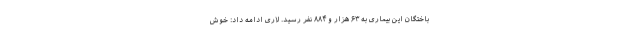
باختگان این بیماری به ۶۳ هزار و ۸۸۴ نفر رسید. لاری ادامه داد: خوش